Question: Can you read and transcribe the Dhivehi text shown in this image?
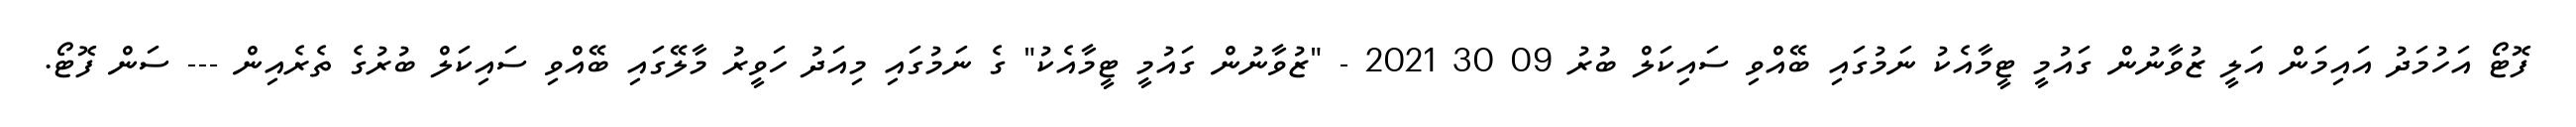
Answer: ފޮޓޯ އަހުމަދު އައިމަން އަލީ ޒުވާނުން ގައުމީ ޓީމާއެކު ނަމުގައި ބޭއްވި ސައިކަލް ބުރު 09 30 2021 - "ޒުވާނުން ގައުމީ ޓީމާއެކު" ގެ ނަމުގައި މިއަދު ހަވީރު މާލޭގައި ބޭއްވި ސައިކަލް ބުރުގެ ތެރެއިން --- ސަން ފޮޓޯ.